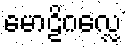
မောဠိဂလ္လေ